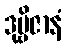
ဒုဗ္ဗိဇာနံ